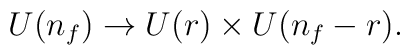
U(n_f) \to U(r) \times U(n_f-r).